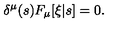
\delta ^ { \mu } ( s ) F _ { \mu } [ \xi | s ] = 0 .